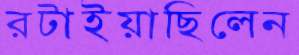
রটাইয়াছিলেন